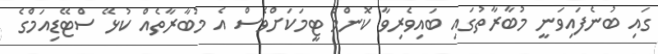
ގައި ބުނެފައިވަނީ މުބާރާތުގައި ބައިވެރިވާ ކޮންމެ ޓީމަކަށްވެސް އެ މުބާރާތެއް ކުޅޭ ސްޓޭޑިއަމްގެ